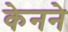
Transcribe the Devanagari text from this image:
केनने